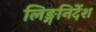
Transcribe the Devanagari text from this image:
लिङ्गनिर्देश